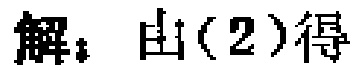
解：由(2)得